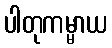
ပါတုကမ္မာယ